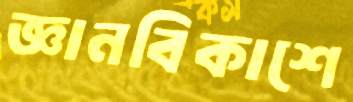
জ্ঞানবিকাশে